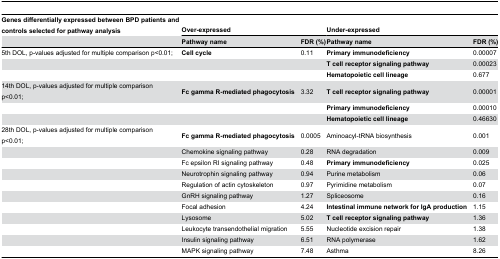
<table><thead><tr><td><b>Genes differentially expressed between BPD patients and controls selected for pathway analysis</b></td><td colspan="2"><b>Over-expressed</b></td><td colspan="2"><b>Under-expressed</b></td></tr><tr><td></td><td><b>Pathway name</b></td><td><b>FDR (%)</b></td><td><b>Pathway name</b></td><td><b>FDR (%)</b></td></tr></thead><tbody><tr><td>5th DOL, p-values adjusted for multiple comparison p&lt;0.01; </td><td><b>Cell cycle</b></td><td>0.11</td><td><b>Primary immunodeficiency</b></td><td>0.00007</td></tr><tr><td></td><td></td><td></td><td><b>T cell receptor signaling pathway</b></td><td>0.00023</td></tr><tr><td></td><td></td><td></td><td><b>Hematopoietic cell lineage</b></td><td>0.677</td></tr><tr><td>14th DOL, p-values adjusted for multiple comparison p&lt;0.01; </td><td><b>Fc gamma R-mediated phagocytosis</b></td><td>3.32</td><td><b>T cell receptor signaling pathway</b></td><td>0.00001</td></tr><tr><td></td><td></td><td></td><td><b>Primary immunodeficiency</b></td><td>0.00010</td></tr><tr><td></td><td></td><td></td><td><b>Hematopoietic cell lineage</b></td><td>0.46630</td></tr><tr><td>28th DOL, p-values adjusted for multiple comparison p&lt;0.01; </td><td><b>Fc gamma R-mediated phagocytosis</b></td><td>0.0005</td><td>Aminoacyl-tRNA biosynthesis</td><td>0.001</td></tr><tr><td></td><td>Chemokine signaling pathway</td><td>0.28</td><td>RNA degradation</td><td>0.009</td></tr><tr><td></td><td>Fc epsilon RI signaling pathway</td><td>0.48</td><td><b>Primary immunodeficiency</b></td><td>0.025</td></tr><tr><td></td><td>Neurotrophin signaling pathway</td><td>0.94</td><td>Purine metabolism</td><td>0.06</td></tr><tr><td></td><td>Regulation of actin cytoskeleton</td><td>0.97</td><td>Pyrimidine metabolism</td><td>0.07</td></tr><tr><td></td><td>GnRH signaling pathway</td><td>1.27</td><td>Spliceosome</td><td>0.16</td></tr><tr><td></td><td>Focal adhesion</td><td>4.24</td><td><b>Intestinal immune network for IgA production</b></td><td>1.15</td></tr><tr><td></td><td>Lysosome</td><td>5.02</td><td><b>T cell receptor signaling pathway</b></td><td>1.36</td></tr><tr><td></td><td>Leukocyte transendothelial migration</td><td>5.55</td><td>Nucleotide excision repair</td><td>1.38</td></tr><tr><td></td><td>Insulin signaling pathway</td><td>6.51</td><td>RNA polymerase</td><td>1.62</td></tr><tr><td></td><td>MAPK signaling pathway</td><td>7.48</td><td>Asthma</td><td>8.26</td></tr></tbody></table>